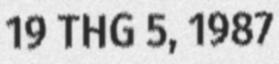
19 THG 5, 1987